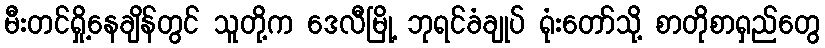
မီးတင်ရှို့နေချိန်တွင် သူတို့က ဒေလီမြို့ ဘုရင်ခံချုပ် ရုံးတော်သို့ စာတိုစာရှည်တွေ